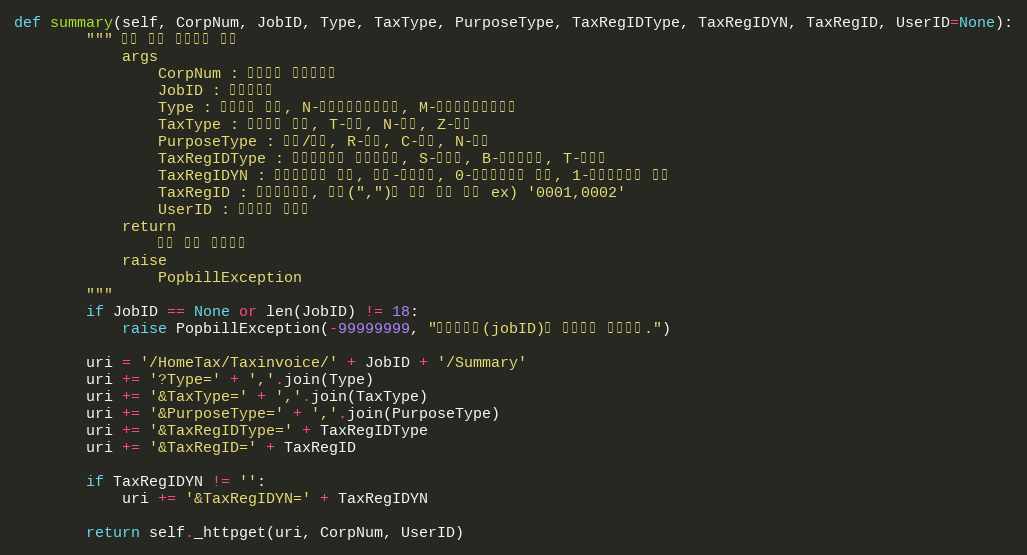
Language: Python
def summary(self, CorpNum, JobID, Type, TaxType, PurposeType, TaxRegIDType, TaxRegIDYN, TaxRegID, UserID=None):
        """ 수집 결과 요약정보 조회
            args
                CorpNum : 팝빌회원 사업자번호
                JobID : 작업아이디
                Type : 문서형태 배열, N-일반전자세금계산서, M-수정전자세금계산서
                TaxType : 과세형태 배열, T-과세, N-면세, Z-영세
                PurposeType : 영수/청구, R-영수, C-청구, N-없음
                TaxRegIDType : 종사업장번호 사업자유형, S-공급자, B-공급받는자, T-수탁자
                TaxRegIDYN : 종사업장번호 유무, 공백-전체조회, 0-종사업장번호 없음, 1-종사업장번호 있음
                TaxRegID : 종사업장번호, 콤마(",")로 구분 하여 구성 ex) '0001,0002'
                UserID : 팝빌회원 아이디
            return
                수집 결과 요약정보
            raise
                PopbillException
        """
        if JobID == None or len(JobID) != 18:
            raise PopbillException(-99999999, "작업아이디(jobID)가 올바르지 않습니다.")

        uri = '/HomeTax/Taxinvoice/' + JobID + '/Summary'
        uri += '?Type=' + ','.join(Type)
        uri += '&TaxType=' + ','.join(TaxType)
        uri += '&PurposeType=' + ','.join(PurposeType)
        uri += '&TaxRegIDType=' + TaxRegIDType
        uri += '&TaxRegID=' + TaxRegID

        if TaxRegIDYN != '':
            uri += '&TaxRegIDYN=' + TaxRegIDYN

        return self._httpget(uri, CorpNum, UserID)